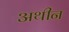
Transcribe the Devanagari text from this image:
अथीन